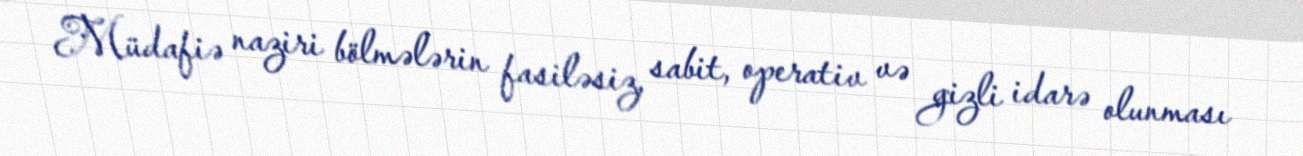
Müdafiə naziri bölmələrin fasiləsiz, sabit, operativ və gizli idarə olunması